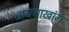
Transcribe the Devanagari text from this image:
अग्रशाखांग